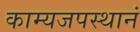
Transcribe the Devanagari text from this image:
काम्यजपस्थानं